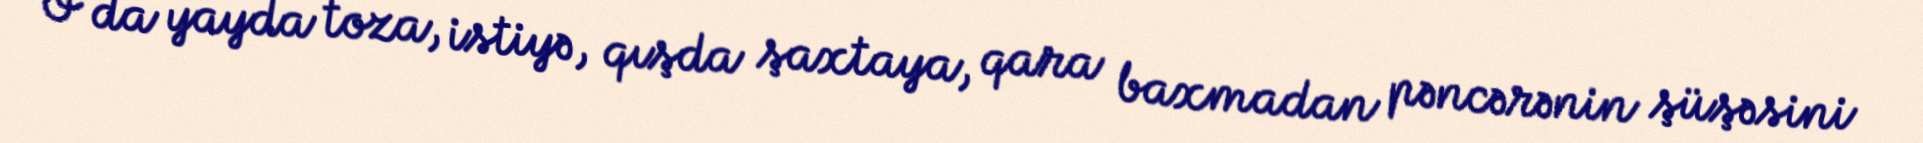
O da yayda toza, istiyə, qışda şaxtaya, qara baxmadan pəncərənin şüşəsini